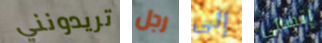
تريدونني رجل إلى إتصالي